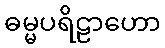
ဓမ္မပရိဠာဟော